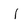
Character: l